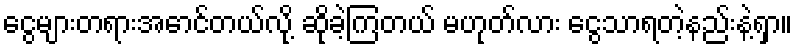
ငွေများတရားအောင်တယ်လို့ ဆိုခဲ့ကြတယ် မဟုတ်လား ငွေသာရတဲ့နည်းနဲ့ရှာ။